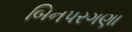
બિનપરગણા